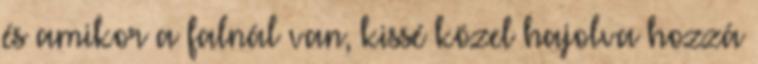
és amikor a falnál van, kissé közel hajolva hozzá